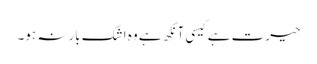
حیرت ہے کیسی آنکھ ہے وہ اشک بارنہ ہو۔